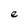
Character: e